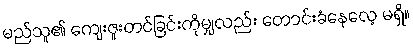
မည်သူ၏ ကျေးဇူးတင်ခြင်းကိုမျှလည်း တောင်းခံနေလေ့ မရှိ။